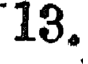
13.